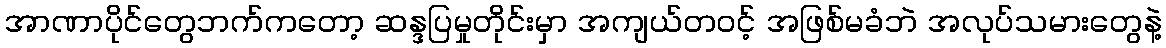
အာဏာပိုင်တွေဘက်ကတော့ ဆန္ဒပြမှုတိုင်းမှာ အကျယ်တဝင့် အဖြစ်မခံဘဲ အလုပ်သမားတွေနဲ့